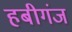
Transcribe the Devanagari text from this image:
हबीगंज